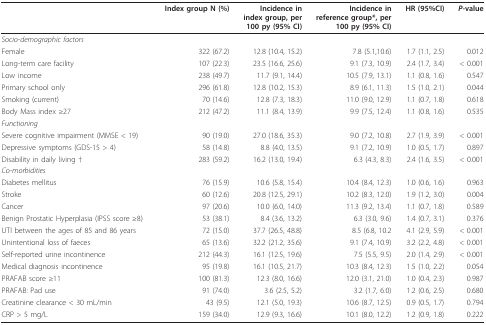
<table><thead><tr><td></td><td><b>Index group N (%)</b></td><td><b>Incidence in index group, per 100 py (95% CI)</b></td><td><b>Incidence in reference group*, per 100 py (95% CI)</b></td><td><b>HR (95%CI)</b></td><td><b><i>P-</i>value</b></td></tr></thead><tbody><tr><td><i>Socio-demographic factors</i></td><td></td><td></td><td></td><td></td><td></td></tr><tr><td>Female</td><td>322 (67.2)</td><td>12.8 (10.4, 15.2)</td><td>7.8 (5.1,10.6)</td><td>1.7 (1.1, 2.5)</td><td>0.012</td></tr><tr><td>Long-term care facility</td><td>107 (22.3)</td><td>23.5 (16.6, 25.6)</td><td>9.1 (7.3, 10.9)</td><td>2.4 (1.7, 3.4)</td><td>&lt; 0.001</td></tr><tr><td>Low income</td><td>238 (49.7)</td><td>11.7 (9.1, 14.4)</td><td>10.5 (7.9, 13.1)</td><td>1.1 (0.8, 1.6)</td><td>0.547</td></tr><tr><td>Primary school only</td><td>296 (61.8)</td><td>12.8 (10.2, 15.3)</td><td>8.9 (6.1, 11.3)</td><td>1.5 (1.0, 2.1)</td><td>0.044</td></tr><tr><td>Smoking (current)</td><td>70 (14.6)</td><td>12.8 (7.3, 18.3)</td><td>11.0 (9.0, 12.9)</td><td>1.1 (0.7, 1.8)</td><td>0.618</td></tr><tr><td>Body Mass index ≥27</td><td>212 (47.2)</td><td>11.1 (8.4, 13.9)</td><td>9.9 (7.5, 12.4)</td><td>1.1 (0.8, 1.6)</td><td>0.535</td></tr><tr><td><i>Functioning</i></td><td></td><td></td><td></td><td></td><td></td></tr><tr><td>Severe cognitive impairment (MMSE &lt; 19)</td><td>90 (19.0)</td><td>27.0 (18.6, 35.3)</td><td>9.0 (7.2, 10.8)</td><td>2.7 (1.9, 3.9)</td><td>&lt; 0.001</td></tr><tr><td>Depressive symptoms (GDS-15 &gt; 4)</td><td>58 (14.8)</td><td>8.8 (4.0, 13.5)</td><td>9.1 (7.2, 10.9)</td><td>1.0 (0.5, 1.7)</td><td>0.897</td></tr><tr><td>Disability in daily living †</td><td>283 (59.2)</td><td>16.2 (13.0, 19.4)</td><td>6.3 (4.3, 8.3)</td><td>2.4 (1.6, 3.5)</td><td>&lt; 0.001</td></tr><tr><td><i>Co-morbidities </i></td><td></td><td></td><td></td><td></td><td></td></tr><tr><td>Diabetes mellitus</td><td>76 (15.9)</td><td>10.6 (5.8, 15.4)</td><td>10.4 (8.4, 12.3)</td><td>1.0 (0.6, 1.6)</td><td>0.963</td></tr><tr><td>Stroke</td><td>60 (12.6)</td><td>20.8 (12.5, 29.1)</td><td>10.2 (8.3, 12.0)</td><td>1.9 (1.2, 3.0)</td><td>0.004</td></tr><tr><td>Cancer</td><td>97 (20.6)</td><td>10.0 (6.0, 14.0)</td><td>11.3 (9.2, 13.4)</td><td>1.1 (0.7, 1.8)</td><td>0.589</td></tr><tr><td>Benign Prostatic Hyperplasia (IPSS score ≥8)</td><td>53 (38.1)</td><td>8.4 (3.6, 13.2)</td><td>6.3 (3.0, 9.6)</td><td>1.4 (0.7, 3.1)</td><td>0.376</td></tr><tr><td>UTI between the ages of 85 and 86 years</td><td>72 (15.0)</td><td>37.7 (26.5, 48.8)</td><td>8.5 (6.8, 10.2</td><td>4.1 (2.9, 5.9)</td><td>&lt; 0.001</td></tr><tr><td>Unintentional loss of faeces</td><td>65 (13.6)</td><td>32.2 (21.2, 35.6)</td><td>9.1 (7.4, 10.9)</td><td>3.2 (2.2, 4.8)</td><td>&lt; 0.001</td></tr><tr><td>Self-reported urine incontinence</td><td>212 (44.3)</td><td>16.1 (12.5, 19.6)</td><td>7.5 (5.5, 9.5)</td><td>2.0 (1.4, 2.9)</td><td>&lt; 0.001</td></tr><tr><td>Medical diagnosis incontinence</td><td>95 (19.8)</td><td>16.1 (10.5, 21.7)</td><td>10.3 (8.4, 12.3)</td><td>1.5 (1.0, 2.2)</td><td>0.054</td></tr><tr><td>PRAFAB score ≥11</td><td>100 (81.3)</td><td>12.3 (8.0, 16.6)</td><td>12.0 (3.1, 21.0)</td><td>1.0 (0.4, 2.3)</td><td>0.987</td></tr><tr><td>PRAFAB: Pad use</td><td>91 (74.0)</td><td>3.6 (2.5, 5.2)</td><td>3.2 (1.7, 6.0)</td><td>1.2 (0.6, 2.5)</td><td>0.680</td></tr><tr><td>Creatinine clearance &lt; 30 mL/min</td><td>43 (9.5)</td><td>12.1 (5.0, 19.3)</td><td>10.6 (8.7, 12.5)</td><td>0.9 (0.5, 1.7)</td><td>0.794</td></tr><tr><td>CRP &gt; 5 mg/L</td><td>159 (34.0)</td><td>12.9 (9.3, 16.6)</td><td>10.1 (8.0, 12.2)</td><td>1.2 (0.9, 1.8)</td><td>0.222</td></tr></tbody></table>